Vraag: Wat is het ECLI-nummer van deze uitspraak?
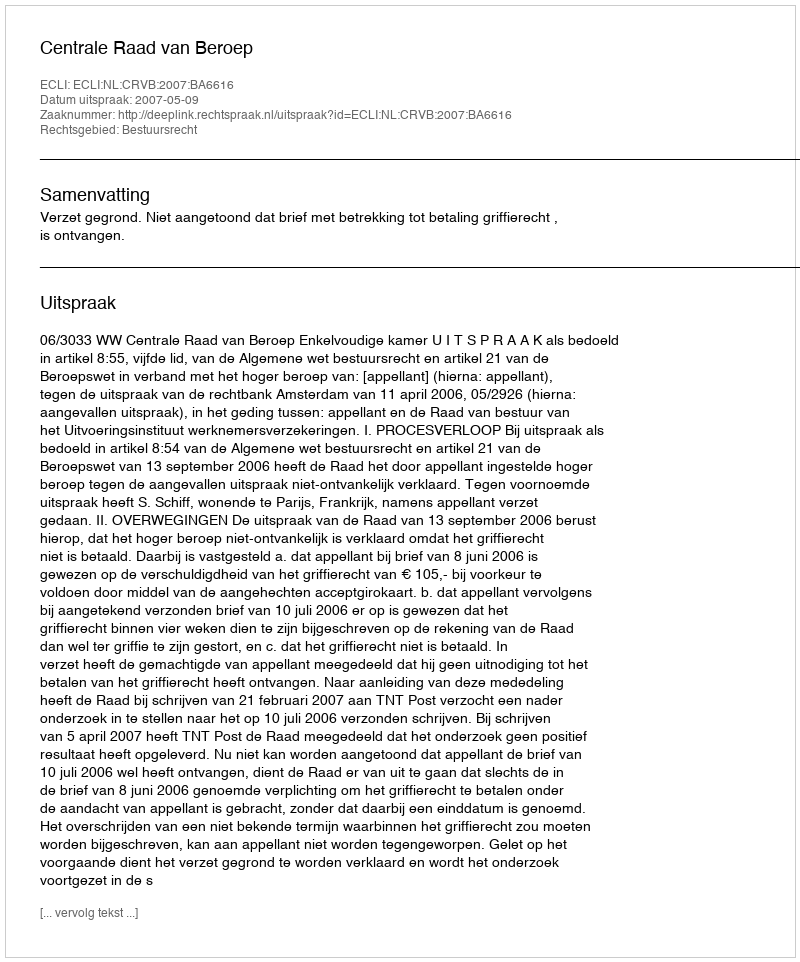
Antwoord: ECLI:NL:CRVB:2007:BA6616